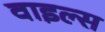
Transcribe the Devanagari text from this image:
वाइल्स